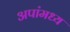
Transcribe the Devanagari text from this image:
अपांमध्य